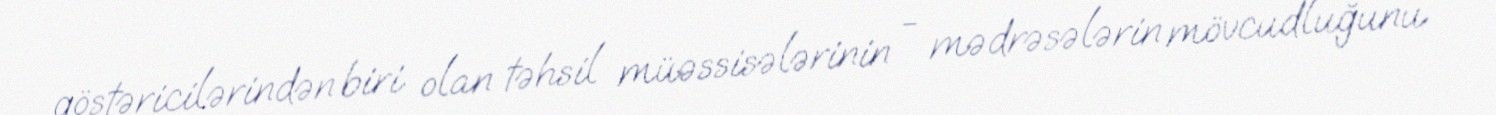
göstəricilərindən biri olan təhsil müəssisələrinin - mədrəsələrin mövcudluğunu